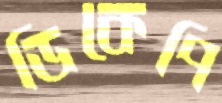
ডিকেপি